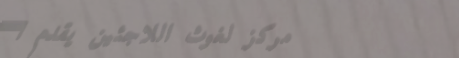
مركز لغوث اللاجئين يقدم ا